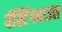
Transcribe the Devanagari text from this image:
वॅस्टिंगहाउस